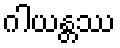
ဂါယန္တဿ